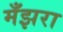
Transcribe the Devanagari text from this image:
मँझरा